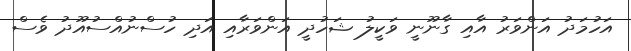
އަހުމަދު އަންވަރު އާއި ގާނޫނީ ވަކީލު ޝަހުދީ އަންވަރާއި އަދި ހުސްނުއްސުއޫދު ވެސް